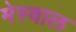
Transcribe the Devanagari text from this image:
मेस्वाल